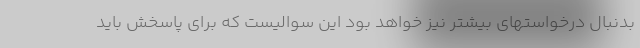
بدنبال درخواستهای بیشتر نیز خواهد بود این سوالیست که برای پاسخش باید